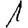
Digit: 1